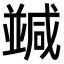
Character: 𠁝